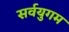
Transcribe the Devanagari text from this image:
सर्वयुगम